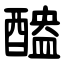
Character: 醠